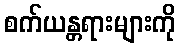
စက်ယန္တရားများကို